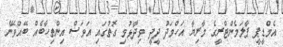
އެމްޑީޕީ ޕާލަމެންޓްރީގެ މާރިޔާ އަހްމަދު ދީދީ ވިދާޅުވި ގޮތުގައި އަވަސް އިންތިހާބެއް ބޭއްވޭނެ